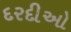
દરદીઓ